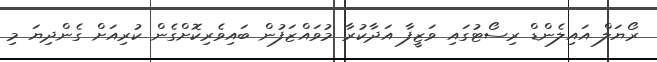
ރޯޔަލް އައިލެންޑް ރިސޯޓުގައި ވަޒީފާ އަދާކުރާ މުވައްޒަފުން ބައިވެރިކޮށްގެން ކުރިއަށް ގެންދިޔަ މި